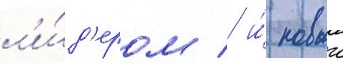
л'и́д'ером / и́ новыи